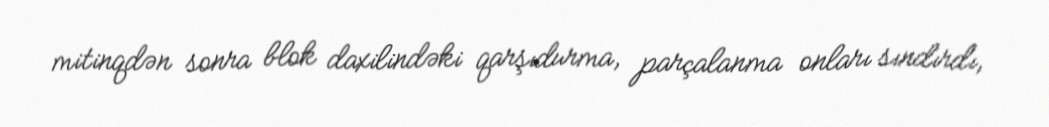
mitinqdən sonra blok daxilindəki qarşıdurma, parçalanma onları sındırdı,